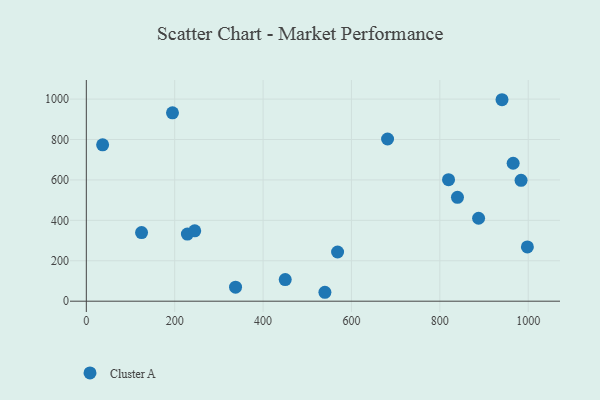
{"axis": {"x": "Investment", "y": "Rating"}, "legend": ["Cluster A"], "data": [{"x": "568.6", "y": 243.4, "type": "Cluster A"}, {"x": "228.7", "y": 332.2, "type": "Cluster A"}, {"x": "450.1", "y": 106.7, "type": "Cluster A"}, {"x": "539.9", "y": 44.1, "type": "Cluster A"}, {"x": "195.0", "y": 932.3, "type": "Cluster A"}, {"x": "819.7", "y": 601.4, "type": "Cluster A"}, {"x": "983.8", "y": 598.2, "type": "Cluster A"}, {"x": "839.9", "y": 514.1, "type": "Cluster A"}, {"x": "940.7", "y": 996.9, "type": "Cluster A"}, {"x": "125.0", "y": 339.4, "type": "Cluster A"}, {"x": "965.9", "y": 682.5, "type": "Cluster A"}, {"x": "36.9", "y": 773.6, "type": "Cluster A"}, {"x": "887.7", "y": 410.3, "type": "Cluster A"}, {"x": "681.7", "y": 802.5, "type": "Cluster A"}, {"x": "337.7", "y": 69.1, "type": "Cluster A"}, {"x": "245.3", "y": 348.4, "type": "Cluster A"}, {"x": "998.1", "y": 268.6, "type": "Cluster A"}]}